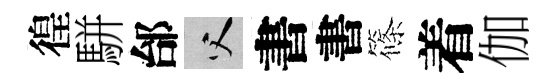
徨駢邰父書書篠着伽